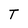
Character: T